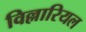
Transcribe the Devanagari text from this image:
विल्लारियल